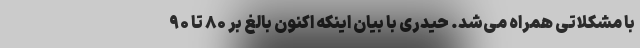
با مشکلاتی همراه می‌شد. حیدری با بیان اینکه اکنون بالغ بر ۸۰ تا ۹۰